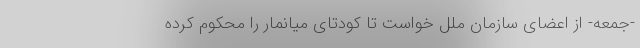
-‌جمعه- از اعضای سازمان ملل خواست تا کودتای میانمار را محکوم کرده